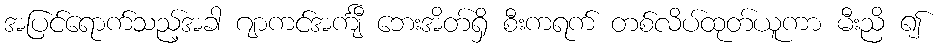
အပြင်ရောက်သည့်အခါ ဂျာကင်အင်္ကျီ ဘေးအိတ်ရှိ စီးကရက် တစ်လိပ်ထုတ်ယူကာ မီးညိ ၍